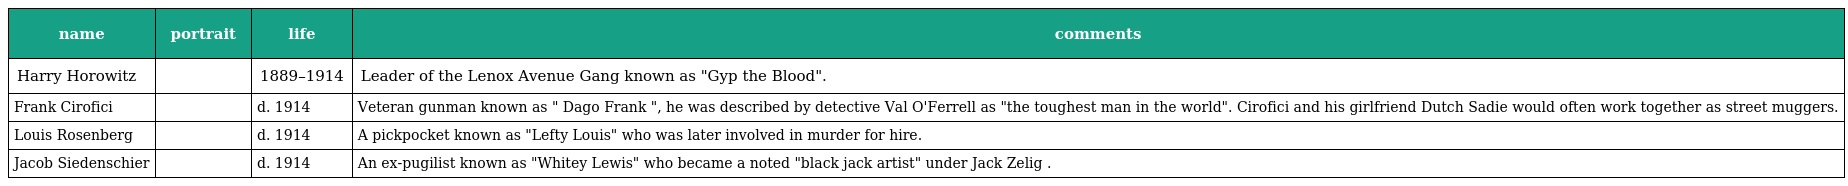
| name | portrait | life | comments |
 | --- | --- | --- | --- |
 | Harry Horowitz |  | 1889–1914 | Leader of the Lenox Avenue Gang known as "Gyp the Blood". |
 | Frank Cirofici |  | d. 1914 | Veteran gunman known as " Dago Frank ", he was described by detective Val O'Ferrell as "the toughest man in the world". Cirofici and his girlfriend Dutch Sadie would often work together as street muggers. |
 | Louis Rosenberg |  | d. 1914 | A pickpocket known as "Lefty Louis" who was later involved in murder for hire. |
 | Jacob Siedenschier |  | d. 1914 | An ex-pugilist known as "Whitey Lewis" who became a noted "black jack artist" under Jack Zelig . |